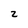
Character: Z